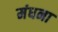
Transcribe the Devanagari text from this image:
मंधना